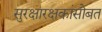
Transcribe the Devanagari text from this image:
सुरक्षारक्षकांसोबत